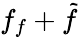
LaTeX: f_{f}+\tilde{f}